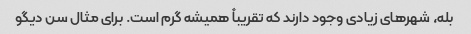
بله، شهرهای زیادی وجود دارند که تقریباً همیشه گرم است. برای مثال سن دیگو